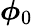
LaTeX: \boldsymbol{\phi}_{0}